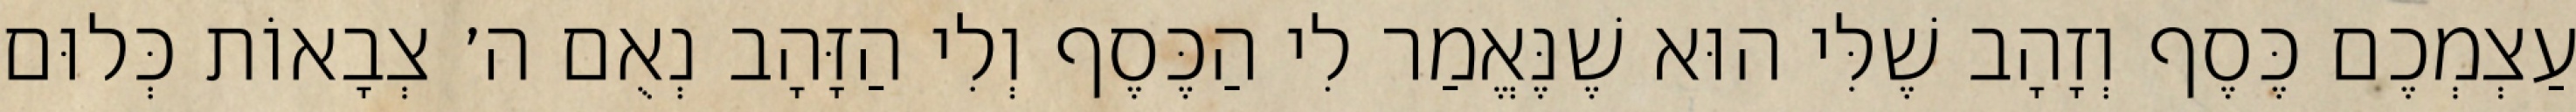
עַצְמְכֶם כֶּסֶף וְזָהָב שֶׁלִּי הוּא שֶׁנֶּאֱמַר לִי הַכֶּסֶף וְלִי הַזָּהָב נְאֻם ה׳ צְבָאוֹת כְּלוּם